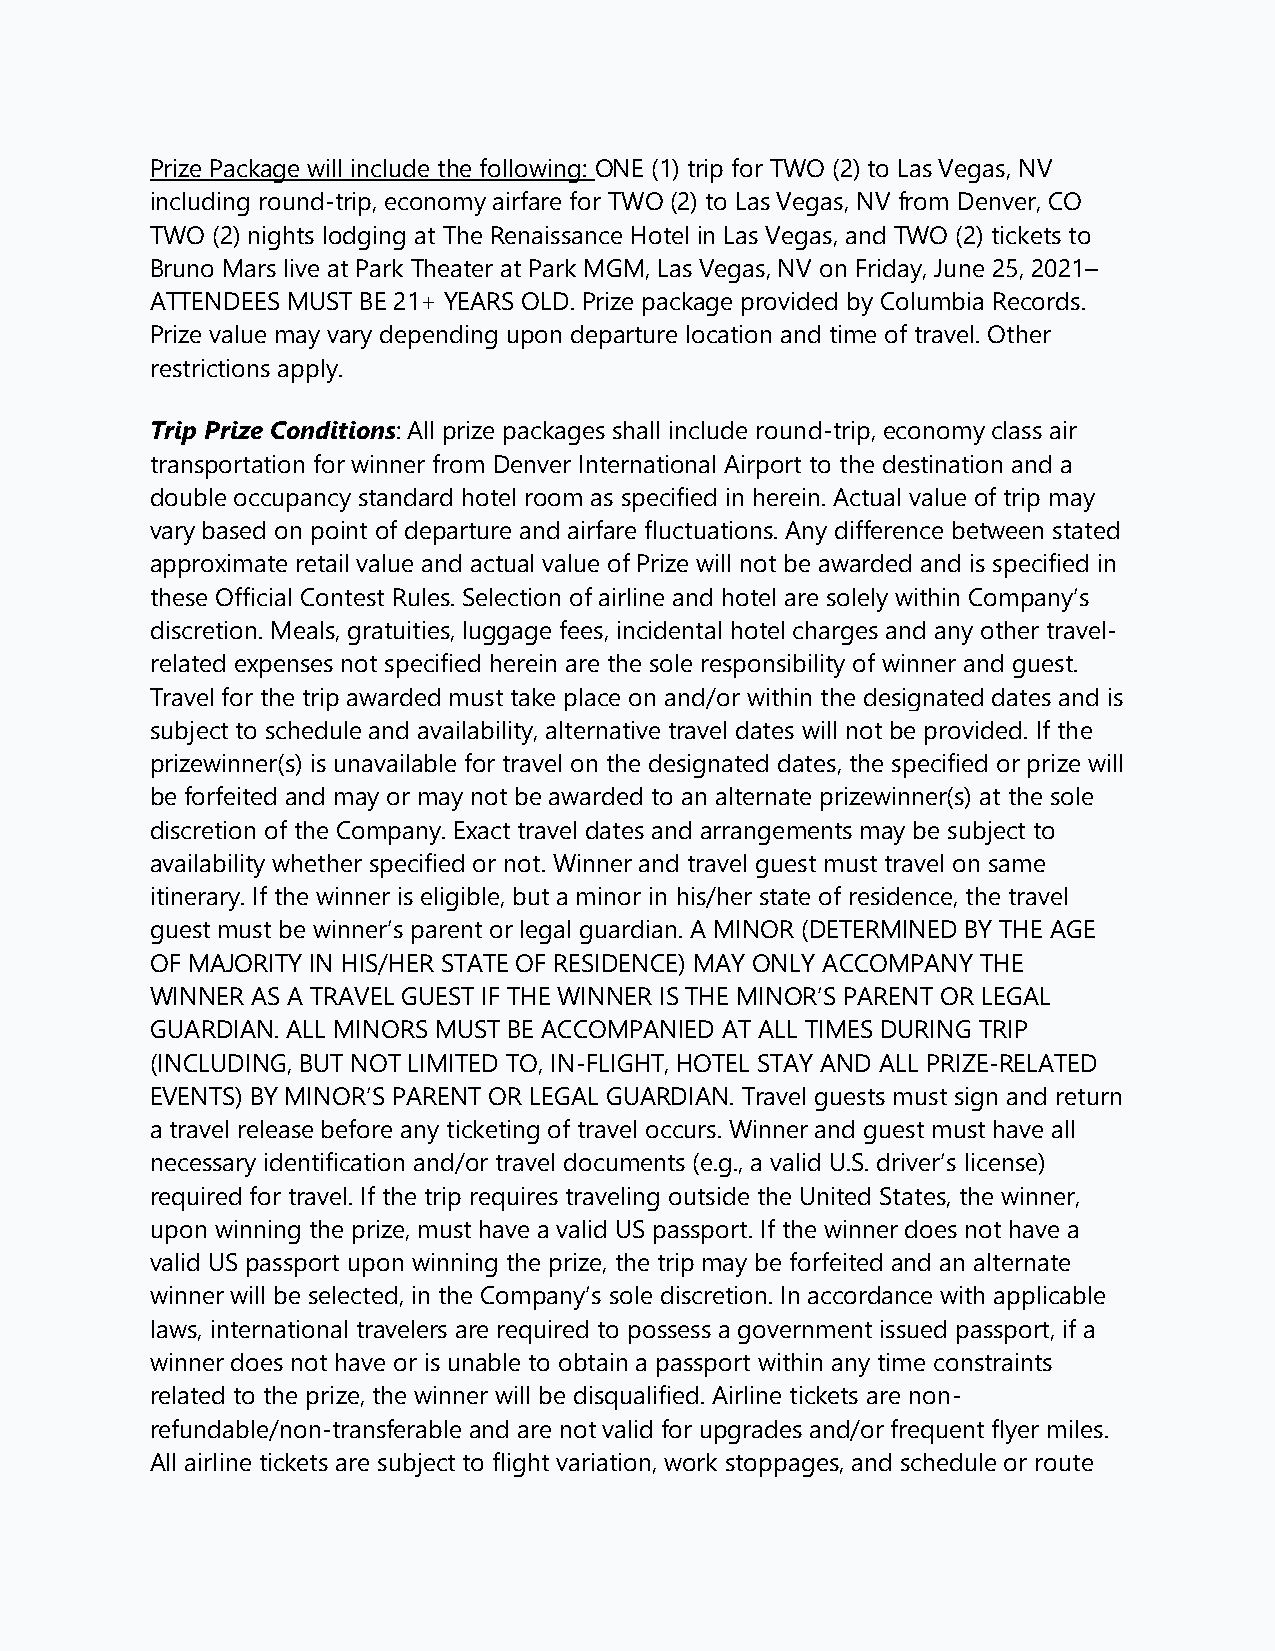
Prize Package will include the following: ONE (1) trip for TWO (2) to Las Vegas, NV
 including round-trip, economy airfare for TWO (2) to Las Vegas, NV from Denver, CO
 TWO (2) nights lodging at The Renaissance Hotel in Las Vegas, and TWO (2) tickets to
 Bruno Mars live at Park Theater at Park MGM, Las Vegas, NV on Friday, June 25, 2021–
 ATTENDEES MUST BE 21+ YEARS OLD. Prize package provided by Columbia Records.
 Prize value may vary depending upon departure location and time of travel. Other
 restrictions apply.
 Trip Prize Conditions: All prize packages shall include round-trip, economy class air
 transportation for winner from Denver International Airport to the destination and a
 double occupancy standard hotel room as specified in herein. Actual value of trip may
 vary based on point of departure and airfare fluctuations. Any difference between stated
 approximate retail value and actual value of Prize will not be awarded and is specified in
 these Official Contest Rules. Selection of airline and hotel are solely within Company’s
 discretion. Meals, gratuities, luggage fees, incidental hotel charges and any other travel-
 related expenses not specified herein are the sole responsibility of winner and guest.
 Travel for the trip awarded must take place on and/or within the designated dates and is
 subject to schedule and availability, alternative travel dates will not be provided. If the
 prizewinner(s) is unavailable for travel on the designated dates, the specified or prize will
 be forfeited and may or may not be awarded to an alternate prizewinner(s) at the sole
 discretion of the Company. Exact travel dates and arrangements may be subject to
 availability whether specified or not. Winner and travel guest must travel on same
 itinerary. If the winner is eligible, but a minor in his/her state of residence, the travel
 guest must be winner’s parent or legal guardian. A MINOR (DETERMINED BY THE AGE
 OF MAJORITY IN HIS/HER STATE OF RESIDENCE) MAY ONLY ACCOMPANY THE
 WINNER AS A TRAVEL GUEST IF THE WINNER IS THE MINOR’S PARENT OR LEGAL
 GUARDIAN. ALL MINORS MUST BE ACCOMPANIED AT ALL TIMES DURING TRIP
 (INCLUDING, BUT NOT LIMITED TO, IN-FLIGHT, HOTEL STAY AND ALL PRIZE-RELATED
 EVENTS) BY MINOR’S PARENT OR LEGAL GUARDIAN. Travel guests must sign and return
 a travel release before any ticketing of travel occurs. Winner and guest must have all
 necessary identification and/or travel documents (e.g., a valid U.S. driver’s license)
 required for travel. If the trip requires traveling outside the United States, the winner,
 upon winning the prize, must have a valid US passport. If the winner does not have a
 valid US passport upon winning the prize, the trip may be forfeited and an alternate
 winner will be selected, in the Company’s sole discretion. In accordance with applicable
 laws, international travelers are required to possess a government issued passport, if a
 winner does not have or is unable to obtain a passport within any time constraints
 related to the prize, the winner will be disqualified. Airline tickets are non-
 refundable/non-transferable and are not valid for upgrades and/or frequent flyer miles.
 All airline tickets are subject to flight variation, work stoppages, and schedule or route